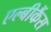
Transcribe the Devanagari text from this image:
एल्बीकैंस